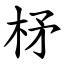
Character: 柕